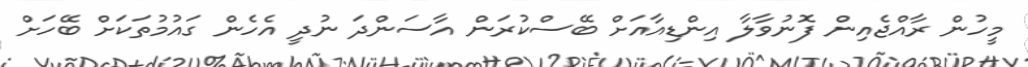
މީހުން ރާއްޖެއިން ފޮނުވާލާ އިންޑިއާއަށް ބޭސްކުރަން އާސަންދަ ނުދީ އެހެން ގައުުމުތަކަށް ބޭހަށް